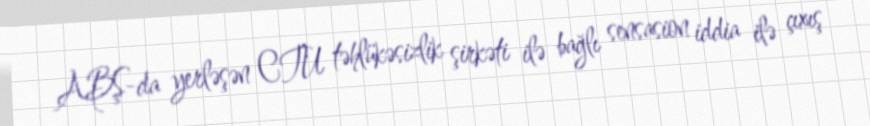
ABŞ-da yerləşən CTU təhlükəsizlik şirkəti ilə bağlı sensasion iddia ilə çıxış